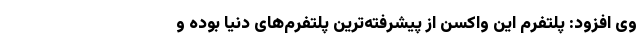
وی افزود: پلتفرم این واکسن از پیشرفته‌ترین پلتفرم‌های دنیا بوده و